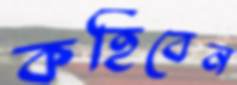
কহিবেন